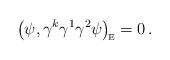
LaTeX: \begin{align*}{\big(\psi,\gamma^k\gamma^1\gamma^2\psi\big)}_{\!\mbox{\tiny E}} = 0\,.\end{align*}